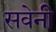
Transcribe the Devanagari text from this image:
सवेनी